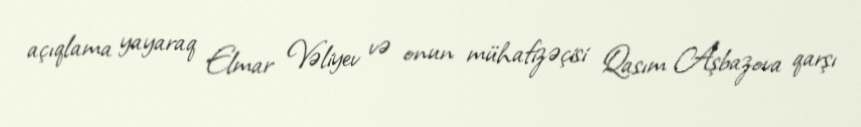
açıqlama yayaraq Elmar Vəliyev və onun mühafizəçisi Qasım Aşbazova qarşı